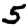
Digit: 5